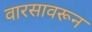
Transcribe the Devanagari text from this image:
वारसावरून